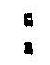
: